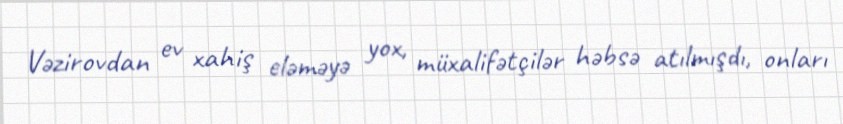
Vəzirovdan ev xahiş eləməyə yox, müxalifətçilər həbsə atılmışdı, onları